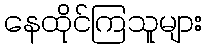
နေထိုင်ကြသူများ